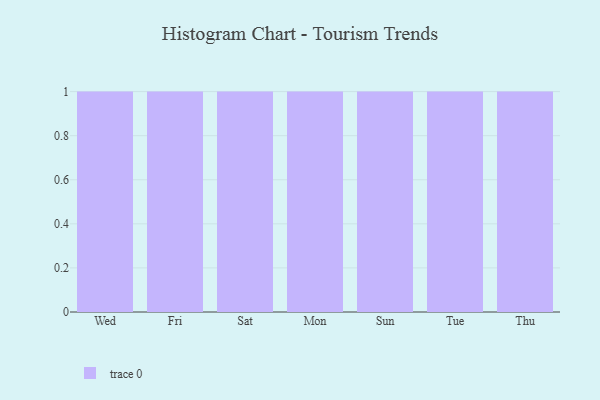
{"axis": {"x": "Day", "y": "Net Income (USD K)"}, "legend": [""], "data": [{"x": "Wed", "y": 94, "type": ""}, {"x": "Fri", "y": 44, "type": ""}, {"x": "Sat", "y": 40, "type": ""}, {"x": "Mon", "y": 40, "type": ""}, {"x": "Sun", "y": 41, "type": ""}, {"x": "Tue", "y": 68, "type": ""}, {"x": "Thu", "y": 100, "type": ""}]}